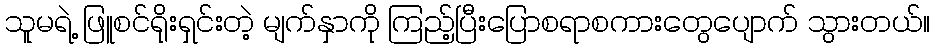
သူမရဲ့ ဖြူစင်ရိုးရှင်းတဲ့ မျက်နှာကို ကြည့်ပြီးပြောစရာစကားတွေပျောက် သွားတယ်။